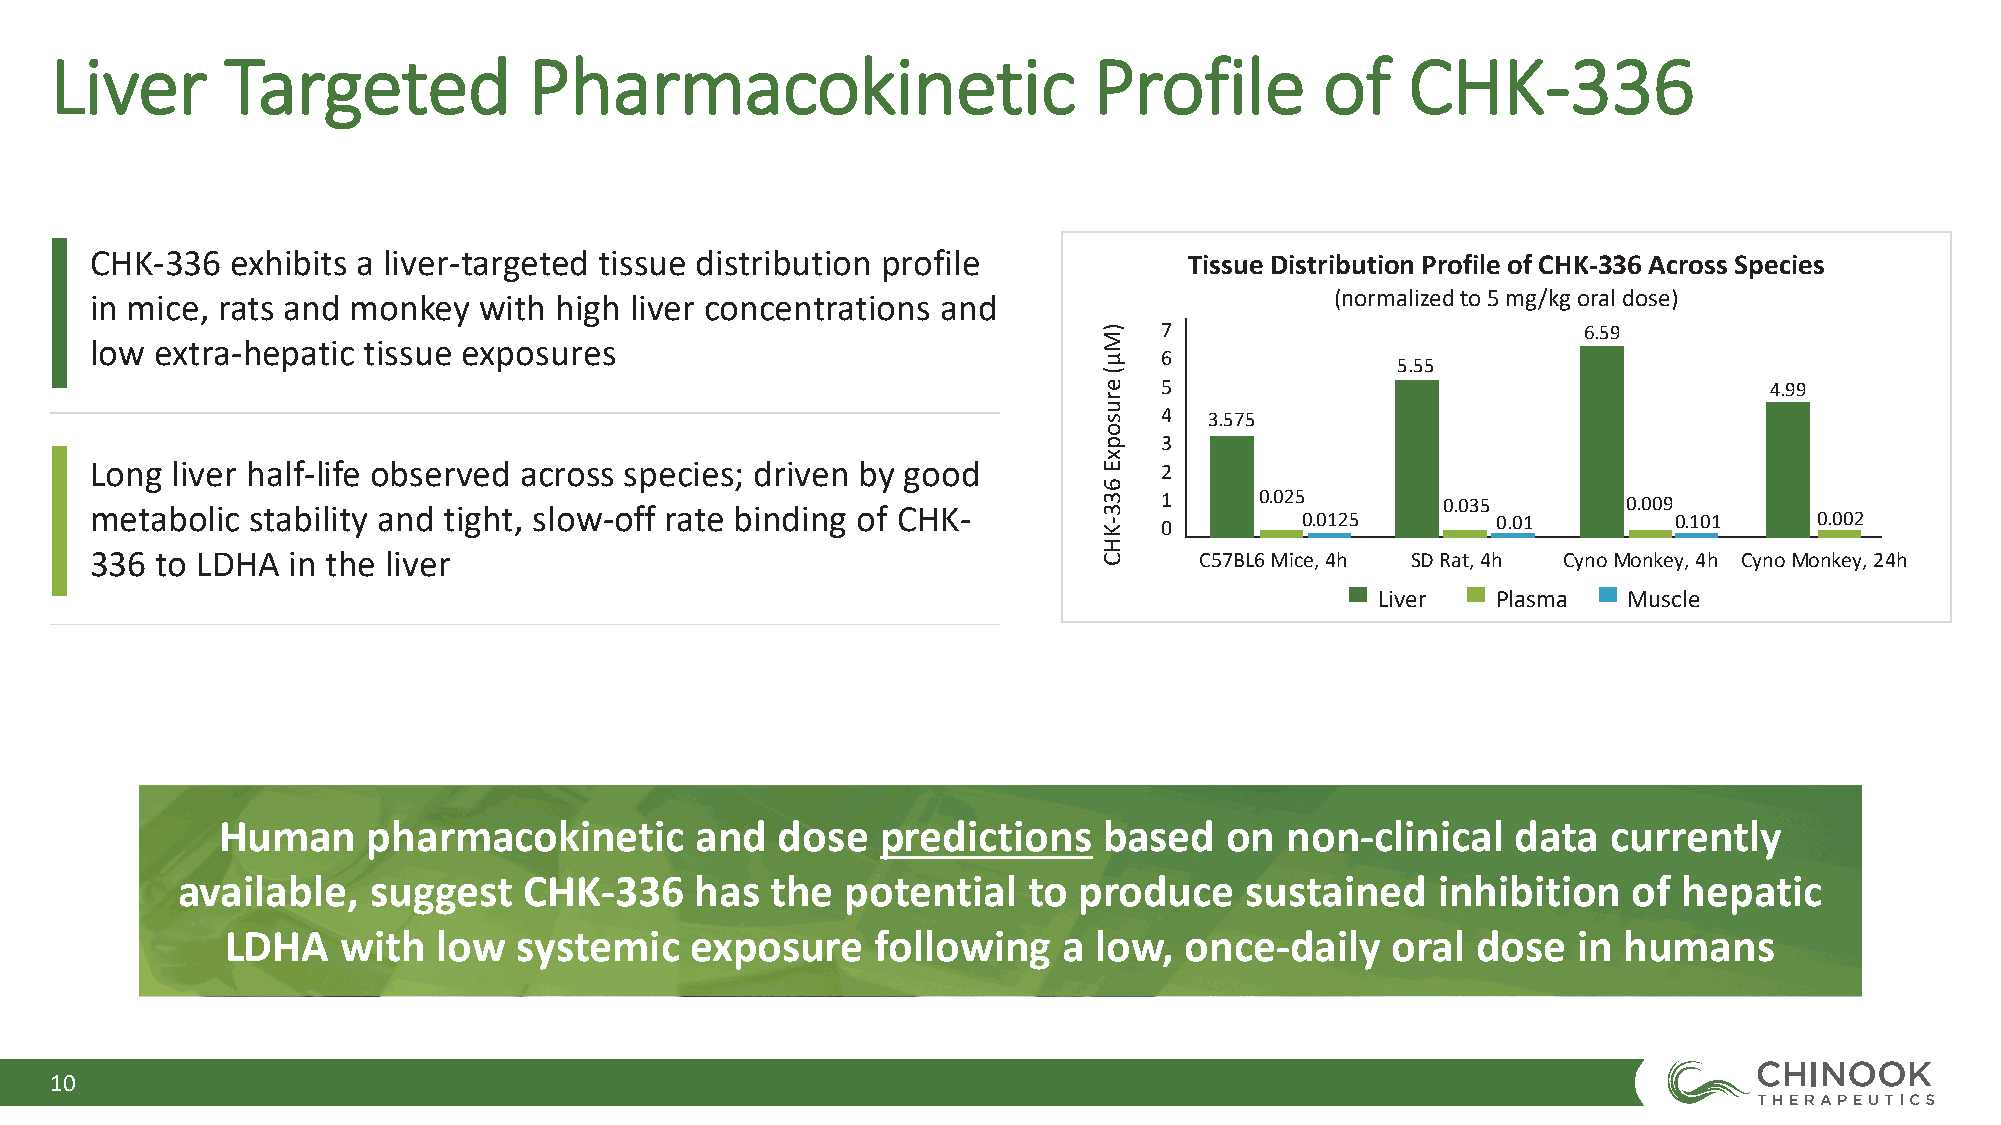
Liver       Targeted            Pharmacokinetic                      Profile         of   CHK-336
 CHK-336  exhibits a liver-targeted tissue distribution profile           Tissue Distribution Profile of CHK-336 Across Species
 in mice, rats and monkey  with high liver concentrations and                      (normalized to 5 mg/kg oral dose)
 7                           6.59
 low extra-hepatic tissue exposures
 6
 5.55
 5                                       4.99
 4  3.575
 3
 Long liver half-life observed across species; driven by good           2
 1     0.025       0.035        0.009
 metabolic  stability and tight, slow-off rate binding of CHK-          0        0.0125       0.01        0.101    0.002
 336 to LDHA  in the liver                                                C57BL6 Mice, 4h SD Rat, 4h CynoMonkey, 4h CynoMonkey, 24h
 Liver   Plasma   Muscle
 Human    pharmacokinetic       and   dose  predictions    based   on  non-clinical   data   currently
 available,   suggest   CHK-336    has  the  potential   to produce    sustained    inhibition   of hepatic
 LDHA    with  low  systemic    exposure    following   a  low, once-daily    oral  dose  in humans
 10
 )Mµ(
 erusopxE
 633-KHC